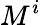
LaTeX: M^{i}